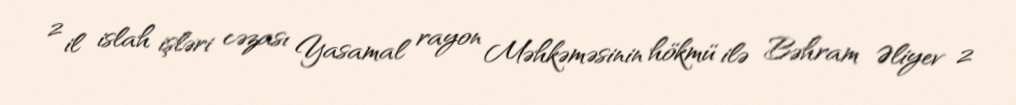
2 il islah işləri cəzası Yasamal rayon Məhkəməsinin hökmü ilə Bəhram Əliyev 2